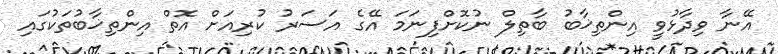
އޭނާ ވިދާޅުވީ އިންތިޚާބު ބާތިލް ނުކޮށްފިނަމަ އޭގެ އަސަރު ކުރިއަށް އޮތް އިންތިޚާބުތަކުގައި